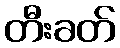
တီးခတ်